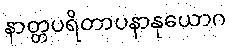
နာတ္တပရိတာပနာနုယောဂ